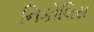
નિકોલિસ